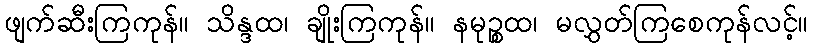
ဖျက်ဆီးကြကုန်။ သိန္ဒထ၊ ချိုးကြကုန်။ နမုဉ္စထ၊ မလွှတ်ကြစေကုန်လင့်။